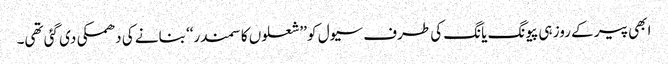
ابھی پیر کے روز ہی پیونگ یانگ کی طرف سیول کو ’’شعلوں کا سمندر‘‘ بنانے کی دھمکی دی گئی تھی۔